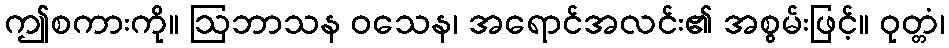
ဤစကားကို။ ဩဘာသန ဝသေန၊ အရောင်အလင်း၏ အစွမ်းဖြင့်။ ဝုတ္တံ၊